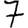
Digit: 7